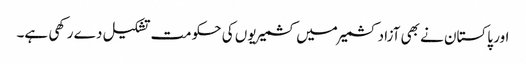
اور پاکستان نے بھی آزاد کشمیر میں کشمیریوں کی حکومت تشکیل دے رکھی ہے۔